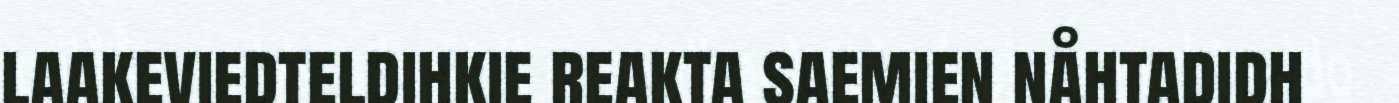
laakeviedteldihkie reakta saemien nåhtadidh